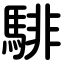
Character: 騑